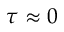
\tau \approx 0